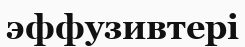
эффузивтері